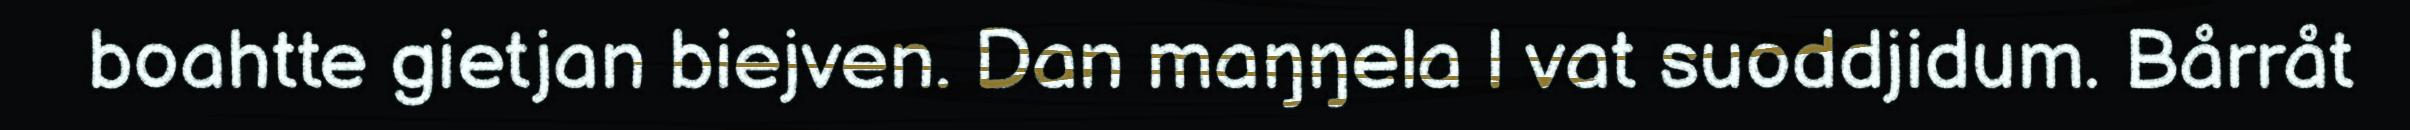
boahtte gietjan biejven. Dan maŋŋela l vat suoddjidum. Bårråt